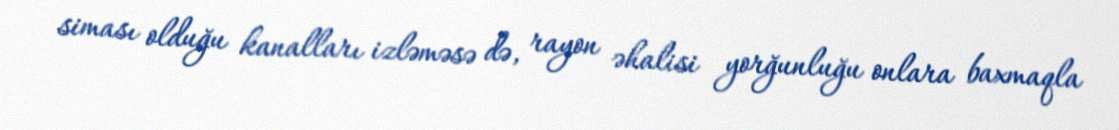
siması olduğu kanalları izləməsə də, rayon əhalisi yorğunluğu onlara baxmaqla